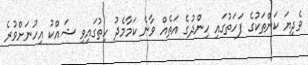
ވެދިޔަ ކަންތަކުގެ ފަހަތުގައި ހިންދުގެ އަތެއް ވާނެ ކަމާމެދު ހިތުގައިވި ޝައްކު އިހުނަށްވުރެ